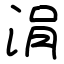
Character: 涓